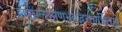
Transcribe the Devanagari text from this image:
शत्रुघ्नलक्ष्मणभवद्भरतार्चिताङ्घ्रे